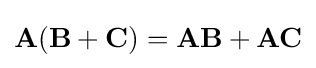
\mathbf {A} (\mathbf {B} +\mathbf {C} )=\mathbf {AB} +\mathbf {AC}